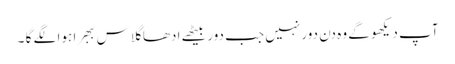
آپ دیکھو گے وہ دن دور نہیں جب دور بیٹھے ادھا گلاس ببھرا ہوا لگے گا ۔